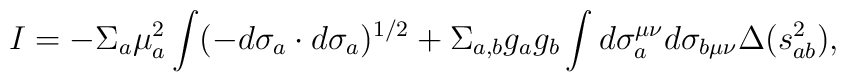
I=-\Sigma_a\mu_a^2\int(-d\sigma_a\cdot d\sigma_a)^{1/2}+\Sigma_{a,b}g_ag_b\int d\sigma_a^{\mu\nu}d\sigma_{b\mu\nu}\Delta(s_{ab}^2),